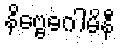
နိဗ္ဗေဓဂါမိနီ